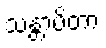
သန္တာပိတာ